Scientific memoirs by medical officers of the Army of India - Part X,
Year: 1897
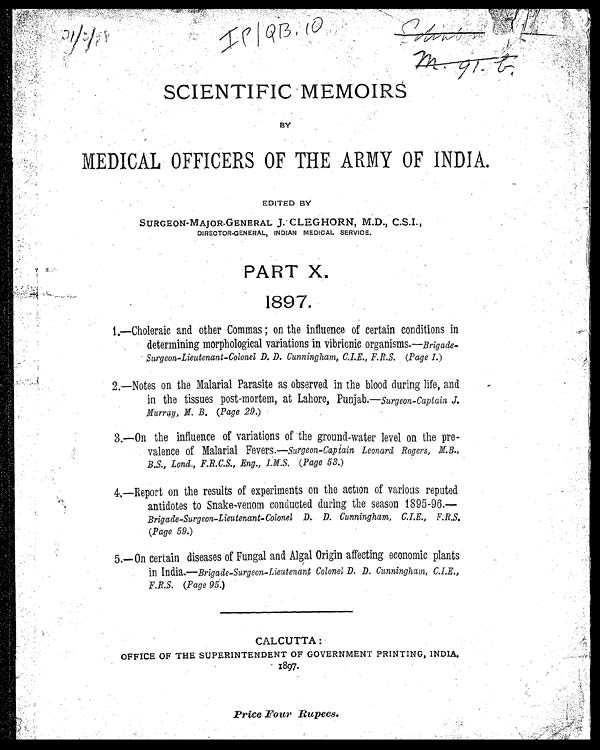
SCIENTIFIC MEMOIRS
BY
MEDICAL OFFICERS OF THE
ARMY OF INDIA.
EDITED BY
SURGEON-MAJOR-GENERAL J CLEGHORN, M.D., C.S.I.,
DIRECTOR-GENERAL, INDIAN MEDICAL SERVICE.
PART X.
1897.
1.—Chol erai c and other Commas ; on the i nfl uence of certai n condi ti ons i n
determining morphological variations in vibrionic organisms.— Brigade
-Surgeon-Lieutenant-Colonel D. D. Cunningham, C.I.E., F.R.S. (Page 1.)
2.—Notes on the Malarial Parasite as observed in the blood during life, and
in the tissues post-mortem, at Lahore, Punjab.— Surgeon-Captain J.
Hurray, M. B. (Page 29.)
3.—On the influence of variations of the ground-water level on the pre-
valence of Malarial Fevers.—Surgeon-Captain Leonard Rogers, M.B.,
B.S., Lond., F.R.C.S., Eng., I.M.S. (Page 53.)
4,—Report on the results of experiments on the action of various reputed
antidotes to Snake-venom conducted during the season 1895-96.
Brigade-Surgeon-Lieutenant-Colonel D. D. Cunningham, C.I.E., F.R.S.
(Page 59.)
5.—On certain diseases of Fungal and Algal Origin affecting economic plants
in India.—Brigade-Surgeon-Lieutenant Colonel D. D. Cunningham, C.I.E.,
F.R.S. (Page 95.)
CALCUTTA :
OFFICE OF THE SUPERINTENDENT OF GOVERNMENT PRINTING, INDIA.
1897.
Price Four Rupees.